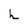
Character: h